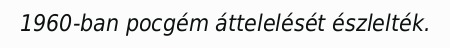
1960-ban pocgém áttelelését észlelték.